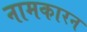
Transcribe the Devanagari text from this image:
नामकारन